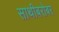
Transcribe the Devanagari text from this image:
साथीबरोबर